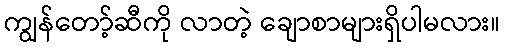
ကျွန်တော့်ဆီကို လာတဲ့ ချောစာများရှိပါမလား။